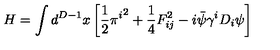
H = \int d ^ { D - 1 } x \left[ { \frac { 1 } { 2 } } { \pi ^ { i } } ^ { 2 } + { \frac { 1 } { 4 } } F _ { i j } ^ { 2 } - i \bar { \psi } \gamma ^ { i } D _ { i } \psi \right]